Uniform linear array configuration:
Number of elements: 12
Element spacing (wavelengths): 0.25
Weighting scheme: binomial
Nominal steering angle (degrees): -60
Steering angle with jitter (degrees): -59.214
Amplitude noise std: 0.05
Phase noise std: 0.05

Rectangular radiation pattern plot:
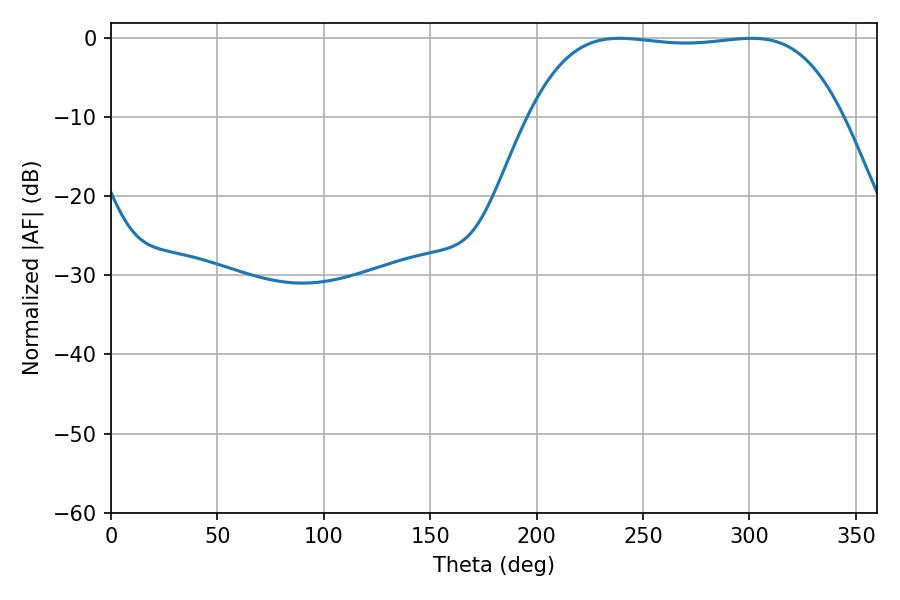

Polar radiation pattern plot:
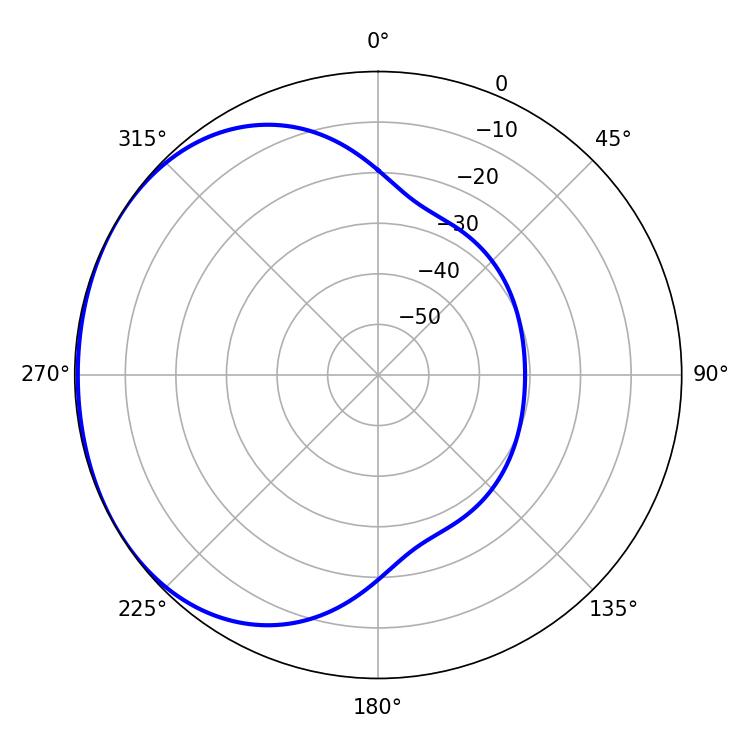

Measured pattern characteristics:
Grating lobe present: FALSE
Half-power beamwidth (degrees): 115.2
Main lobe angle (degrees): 238.86